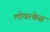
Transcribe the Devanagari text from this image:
लोवरकेस